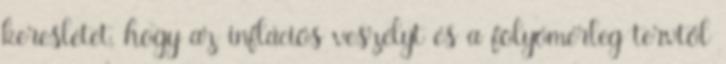
keresletet, hogy az inflációs veszélyt és a folyómérleg tervtől